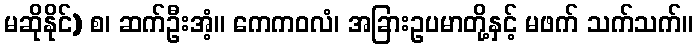
မဆိုနိုင်) စ၊ ဆက်ဦးအံ့။ ကေကဝလံ၊ အခြားဥပမာတို့နှင့် မဖက် သက်သက်။